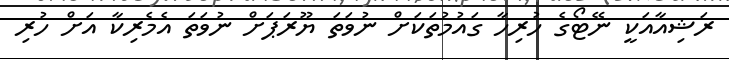
ރަޝިއާއަކީ ނޭޓޯގެ ހުރިހާ ގައުމުތަކަށް ނުވަތަ ޔޫރަޕަށް ނުވަތަ އެމެރިކާ އަށް ހުރި